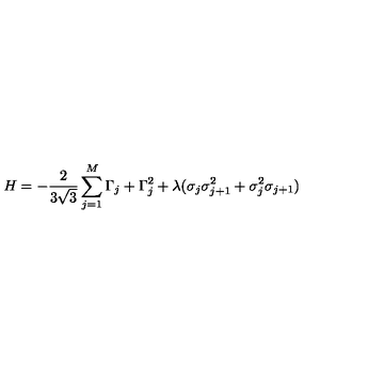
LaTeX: H = - \frac { 2 } { 3 \sqrt { 3 } } \sum _ { j = 1 } ^ { M } \Gamma _ { j } + \Gamma _ { j } ^ { 2 } + \lambda ( \sigma _ { j } \sigma _ { j + 1 } ^ { 2 } + \sigma _ { j } ^ { 2 } \sigma _ { j + 1 } )